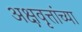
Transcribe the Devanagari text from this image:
अक्षवृत्तांच्या